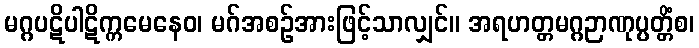
မဂ္ဂပဋိပါဋိက္ကမေနေဝ၊ မဂ်အစဉ်အားဖြင့်သာလျှင်။ အရဟတ္တမဂ္ဂဉာဏုပ္ပတ္တိံစ၊